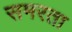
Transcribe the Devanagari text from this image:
समरता